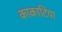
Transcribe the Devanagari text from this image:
काकाटिया